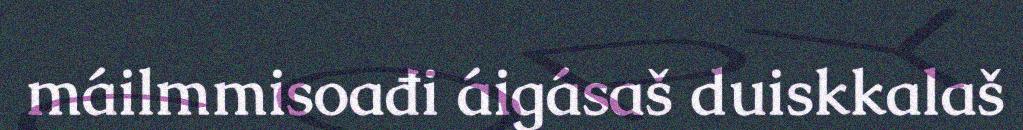
máilmmisoađi áigásaš duiskkalaš